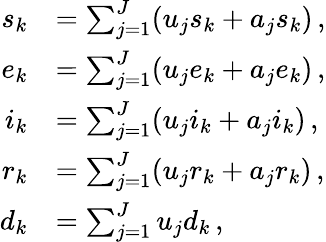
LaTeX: \begin{array}{rl}{s_{k}}&{=\sum_{j=1}^{J}(u_{j}s_{k}+a_{j}s_{k})\, ,}\\ {e_{k}}&{=\sum_{j=1}^{J}(u_{j}e_{k}+a_{j}e_{k})\, ,}\\ {i_{k}}&{=\sum_{j=1}^{J}(u_{j}i_{k}+a_{j}i_{k})\, ,}\\ {r_{k}}&{=\sum_{j=1}^{J}(u_{j}r_{k}+a_{j}r_{k})\, ,}\\ {d_{k}}&{=\sum_{j=1}^{J}u_{j}d_{k}\, ,}\end{array}